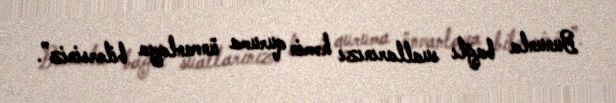
Bununla bağlı suallarınızı həmin quruma ünvanlaya bilərsiniz”.